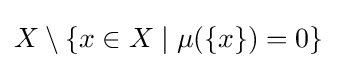
X\setminus \{x\in X\mid \mu (\{x\})=0\}